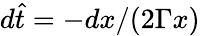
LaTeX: d\hat{t}=-dx/(2\Gamma x)